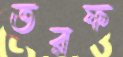
তরফ